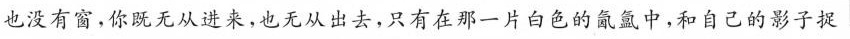
也没有窗，你既无从进来，也无从出去，只有在那一片白色的氤氲中，和自己的影子捉